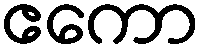
ဧကော